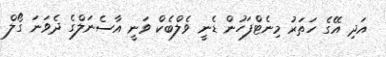
އަދި އޭގެ ހަތަރު މިނެޓްފަހުން ޑެނީ ވެލްބެކް ވަނީ އާސެނަލްގެ ދެވަނަ ގޯލް